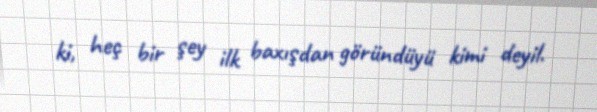
ki, heç bir şey ilk baxışdan göründüyü kimi deyil.